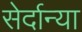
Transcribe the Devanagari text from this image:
सेर्दान्या